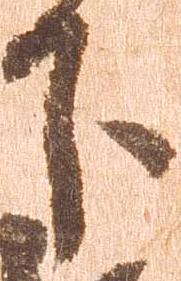
下